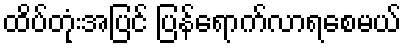
ထိပ်တုံးအပြင် ပြန်ရောက်လာရစေမယ်